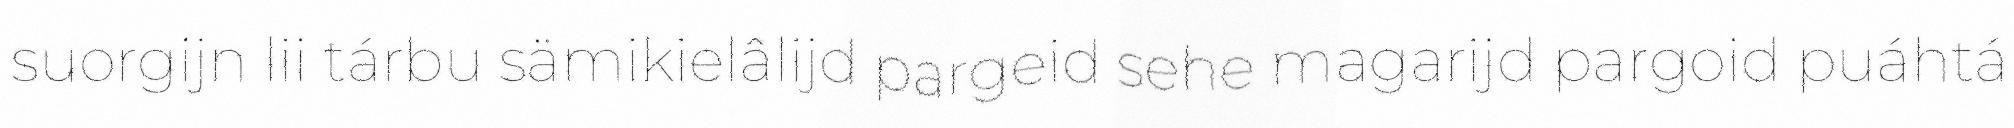
suorgijn lii tárbu sämikielâlijd pargeid sehe magarijd pargoid puáhtá